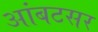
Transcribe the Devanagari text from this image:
आंबटसर